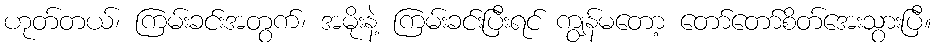
ဟုတ်တယ်၊ ကြမ်းခင်းအတွက်၊ အမိုးနဲ့ ကြမ်းခင်းပြီးရင် ကျွန်မတော့ တော်တော်စိတ်အေးသွားပြီ။